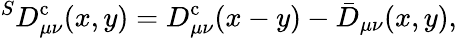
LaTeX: ^SD_{\mu\nu}^{\mathrm{c}}(x,y)=D_{\mu\nu}^{\mathrm{c}}(x-y)-\bar{D}_{\mu\nu}(x,y),